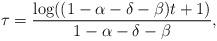
LaTeX: \begin{align*}\tau=\frac{\log((1-\alpha-\delta-\beta)t+1)}{1-\alpha-\delta-\beta},\end{align*}